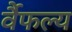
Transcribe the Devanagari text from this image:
र्वैफल्य